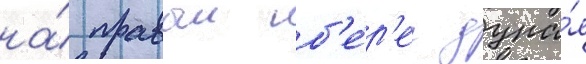
на́ правыи б'е́р'ег дуна́я